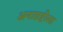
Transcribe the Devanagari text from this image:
अनाव्रष्टीला